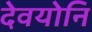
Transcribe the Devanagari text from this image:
देवयोनि